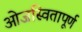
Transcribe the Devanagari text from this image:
ओजस्वितापूर्ण